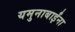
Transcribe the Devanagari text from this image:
यमुनाबाईंना